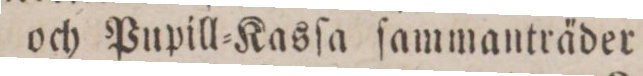
och Pupill=Kasſa ſammanträder